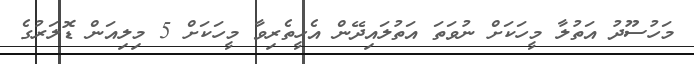
މަހުސޫދު އަތުލާ މީހަކަށް ނުވަތަ އަތުލައިދޭން އެހީތެރިވާ މީހަކަށް 5 މިލިއަން ޑޮލަރުގެ